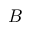
B